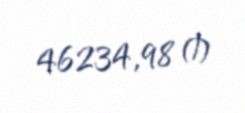
46234,98 ₼